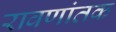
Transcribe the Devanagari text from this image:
रावणांतक